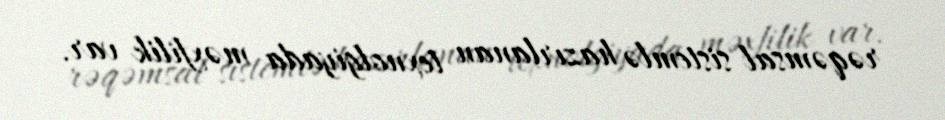
rəqəmsal sistemlə hazırlanan texnolgiyada məxfilik var.